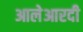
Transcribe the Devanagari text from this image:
आलेआरदी